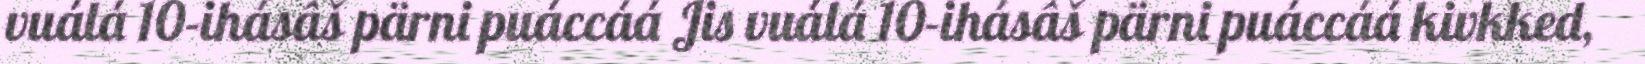
vuálá 10-ihásâš pärni puáccáá Jis vuálá 10-ihásâš pärni puáccáá kivkked,